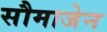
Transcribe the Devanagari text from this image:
सौमाजेन